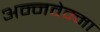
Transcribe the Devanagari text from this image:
अन्नवेम्मा